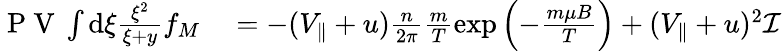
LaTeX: \begin{array}{rl}{\mathrm{~P~V~}\int\mathrm{d}\xi\frac{\xi^{2}}{\xi+y}f_{M}}&{{}=-(V_{\parallel}+u)\frac{n}{2\pi}\frac{m}{T}\exp\left(-\frac{m\mu B}{T}\right)+(V_{\parallel}+u)^{2}\mathcal{I}}\end{array}